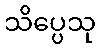
သိပ္ပေသု